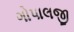
ગોપાલજી